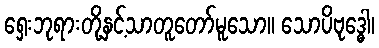
ရှေးဘုရားတို့နှင့်သာတူတော်မူသော။ သောပိဗုဒ္ဓေါ၊